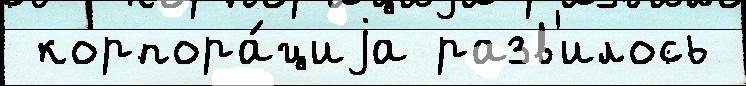
 корпора́циjа разв'илось